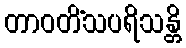
တာဝတိံသပရိသန္တိ